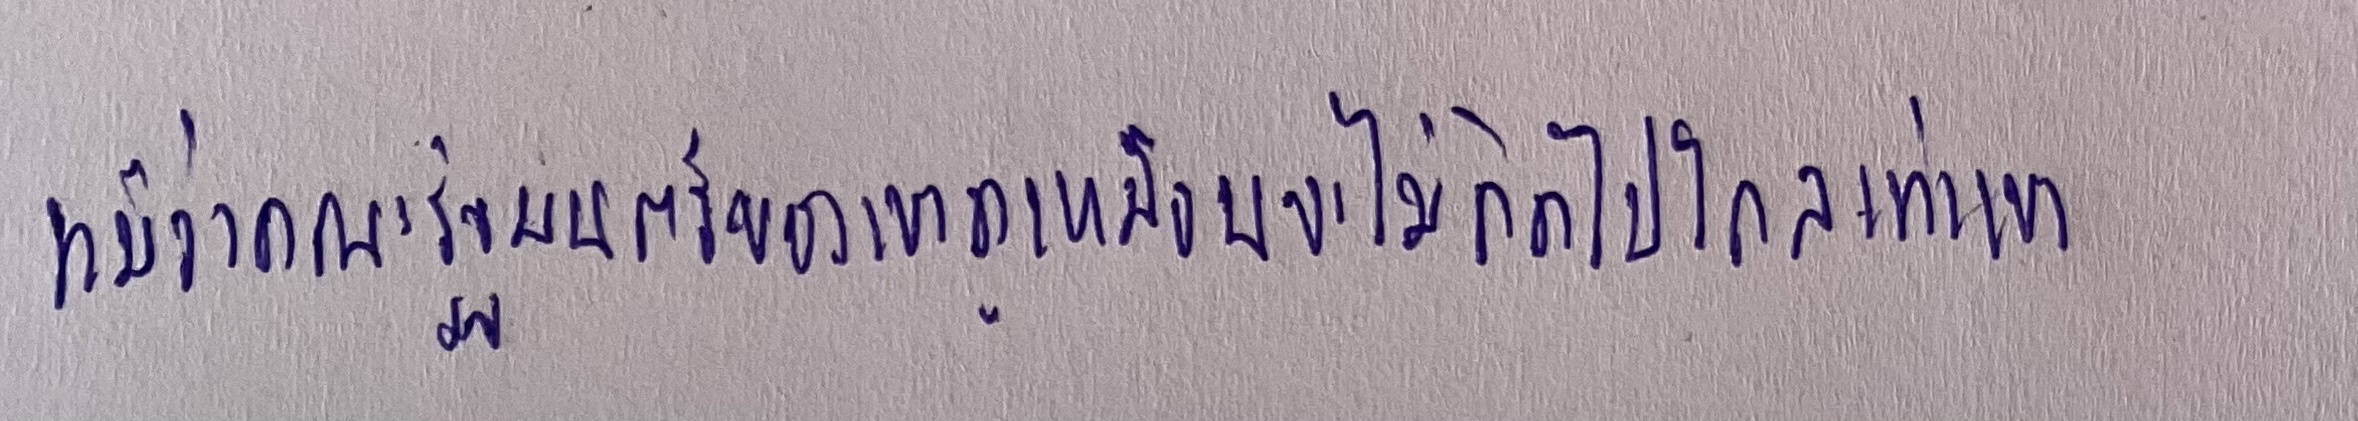
แม้ว่าคณะรัฐมนตรีของเขาดูเหมือนจะไม่คิดไปไกลเท่าเขา